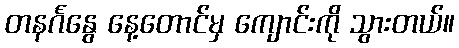
တနင်္ဂနွေ နေ့တောင်မှ ကျောင်းကို သွားတယ်။